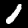
Digit: 1